Leaving Certificate, 1896
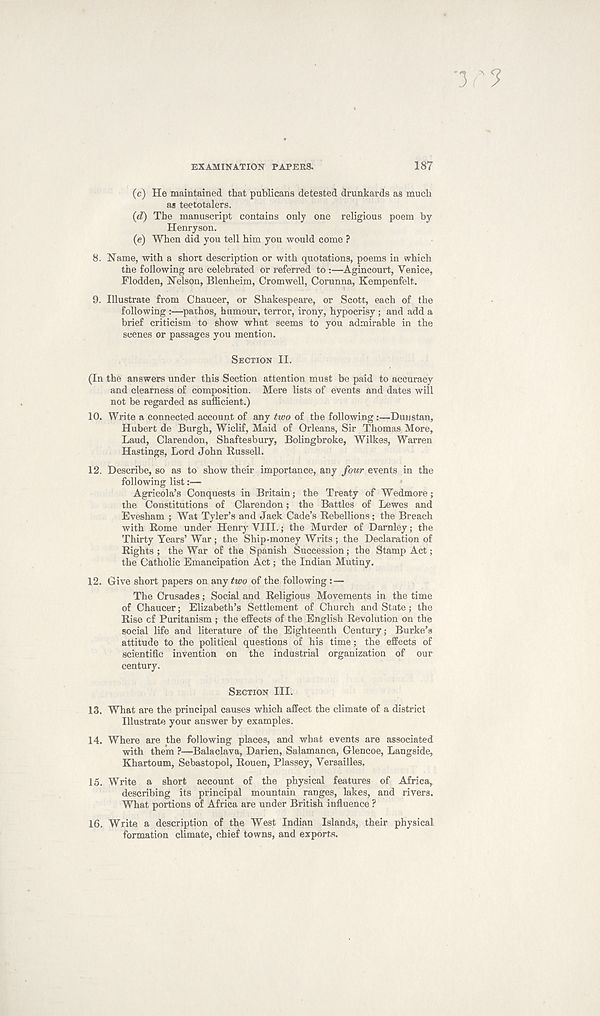
EXAMINATION PAPERS.
187
(c) He maintained that publicans detested drunkards as much
as teetotalers.
(d) The manuscript contains only one religious poem by
Henryson.
(e) When did you tell him you would come ?
8. Name, with a short description or with quotations, poems in which
the following are celebrated or referred to:—Agincourt, Venice,
Flodden, Nelson, Blenheim, Cromwell, Corunna, Kempenfelt.
9. Illustrate from Chaucer, or Shakespeare, or Scott, each of the
following :—pathos, humour, terror, irony, hypocrisy ; and add a
brief criticism to show what seems to you admirable in the
scenes or passages you mention.
SECTION II.
(In the answers under this Section attention must be paid to accuracy
and clearness of composition. Mere lists of events and dates will
not be regarded as sufficient.)
10.
Write a connected account of any two of the following :—-D
Hubert de Burgh, Wiclif, Maid of Orleans, Sir Thomas More,
Laud, Clarendon, Shaftesbury, Bolingbroke, Wilkes, Warren
Hastings, Lord John Russell.
12.
Describe, so as to show their importance, any four events
following list:—•
Agricola’s Conquests in Britain; the Treaty of Wedmore;
the Constitutions of Clarendon; the Battles of Lewes and
Evesham ; Wat Tyler’s and Jack Cade’s Rebellions; the Breach
with Rome under Henry VIII.; the Murder of Darnley; the
Thirty Years’ War; the Ship-money Writs; the Declaration of
Rights; the War of the Spanish Succession; the Stamp Act;
the Catholic Emancipation Act; the Indian Mutiny.
12. Give short papers on any two of the following : —
The Crusades; Social and Religious Movements in the time
of Chaucer; Elizabeth’s Settlement of Church and State; the
Rise cf Puritanism ; the effects of the English Revolution on the
social life and literature of the Eighteenth Century; Burke’s
attitude to the political questions of his time; the effects of
scientific invention on the industrial organization of our
century.
SECTION III.
13. What are the principal causes which affect the climate of a district
Illustrate your answer by examples.
14. Where are the following places, and what events are associated
with them ?—Balaclava, Darien, Salamanca, Glencoe, Langside,
Khartoum, Sebastopol, Rouen, Plassey, Versailles.
15. Write a short account of the physical features of Africa,
describing its principal mountain ranges, lakes, and rivers.
What portions of Africa are under British influence ?
16. Write a description of the West Indian Islands, their physical
formation climate, chief towns, and exports.